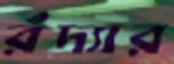
রঁদ্যার